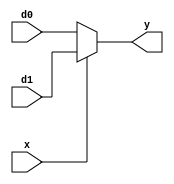
`timescale 1ns / 1ps
//////////////////////////////////////////////////////////////////////////////////
// Company: 
// Engineer: 
// 
// Design Name: 
// Module Name: MUXB
// Project Name: 
// Target Devices: 
// Tool Versions: 
// Description: 
// 
// Dependencies: 
// 
// Revision:
// Revision 0.01 - File Created
// Additional Comments:
// 
//////////////////////////////////////////////////////////////////////////////////


module MUXB(d0,d1,x,y);

input[3:0] d0,d1;
input x;
output [3:0] y;
reg[3:0] y;

always@(d0 or d1 or x)
begin
if(x==1)
y=d1;
else
y=d0;
end
endmodule